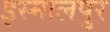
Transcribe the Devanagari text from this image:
इस्मालपुर